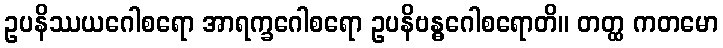
ဥပနိဿယဂေါစရော အာရက္ခဂေါစရော ဥပနိဗန္ဓဂေါစရောတိ။ တတ္ထ ကတမော